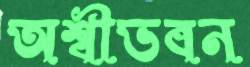
অশ্বীভবন